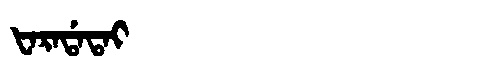
Manchu: ᡶᠠᡵᠠᡩᠠᡨᠠᡳ
Romanization: FARADATAI